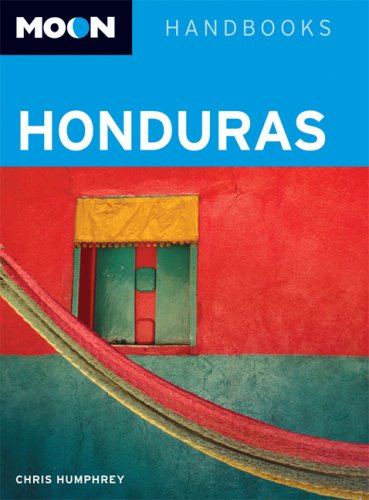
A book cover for Moon Honduras (Moon Handbooks); Chris Humphrey; Travel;